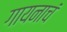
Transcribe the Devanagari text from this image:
गायनाचं